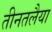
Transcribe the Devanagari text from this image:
तीनतलैया